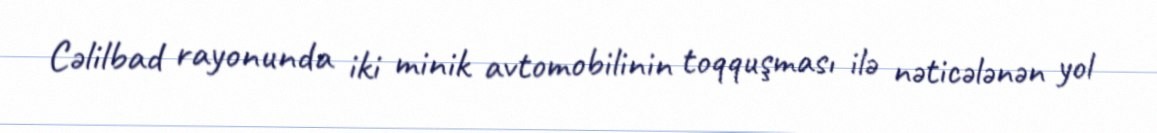
Cəlilbad rayonunda iki minik avtomobilinin toqquşması ilə nəticələnən yol